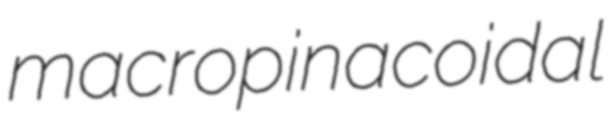
macropinacoidal